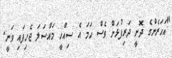
"އަހަރެންގެ ދޮށީ ދަރިފުޅަށް ވެސް ހަމަ އެ ސިއްހީ މައްސަލަ ޖެހިފައި ވަނީ.